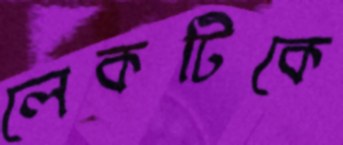
লেকটিকে